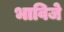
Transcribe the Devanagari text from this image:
भाविजे